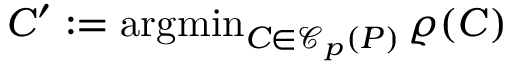
C ^ { \prime } : = \operatorname { a r g m i n } _ { C \in \mathcal { C } _ { p } ( P ) } \varrho ( C )